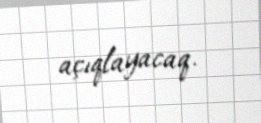
açıqlayacaq.